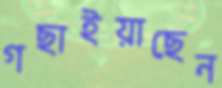
গছাইয়াছেন